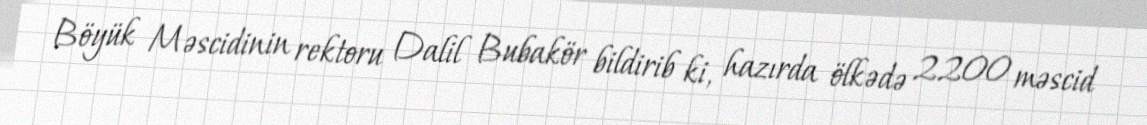
Böyük Məscidinin rektoru Dalil Bubakör bildirib ki, hazırda ölkədə 2200 məscid